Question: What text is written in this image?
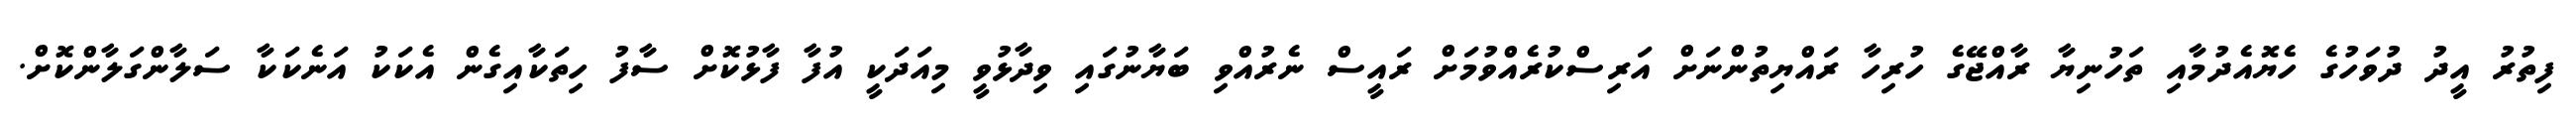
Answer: ފިތުރު އީދު ދުވަހުގެ ހެޔޮއެދުމާއި ތަހުނިޔާ ރާއްޖޭގެ ހުރިހާ ރައްޔިތުންނަށް އަރިސްކުރެއްވުމަށް ރައީސް ނެރުއްވި ބަޔާނުގައި ވިދާޅުވީ މިއަދަކީ އުފާ ފާޅުކޮށް ސާފު ހިތަކާއިގެން އެކަކު އަނެކަކާ ސަލާންގަލާންކޮށް.